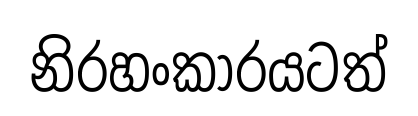
නිරහංකාරයටත්